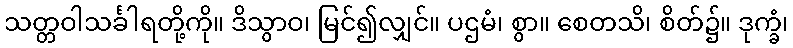
သတ္တဝါသင်္ခါရတို့ကို။ ဒိသွာဝ၊ မြင်၍လျှင်။ ပဌမံ၊ စွာ။ စေတသိ၊ စိတ်၌။ ဒုက္ခံ၊